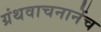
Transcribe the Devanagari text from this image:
ग्रंथवाचनानेंच